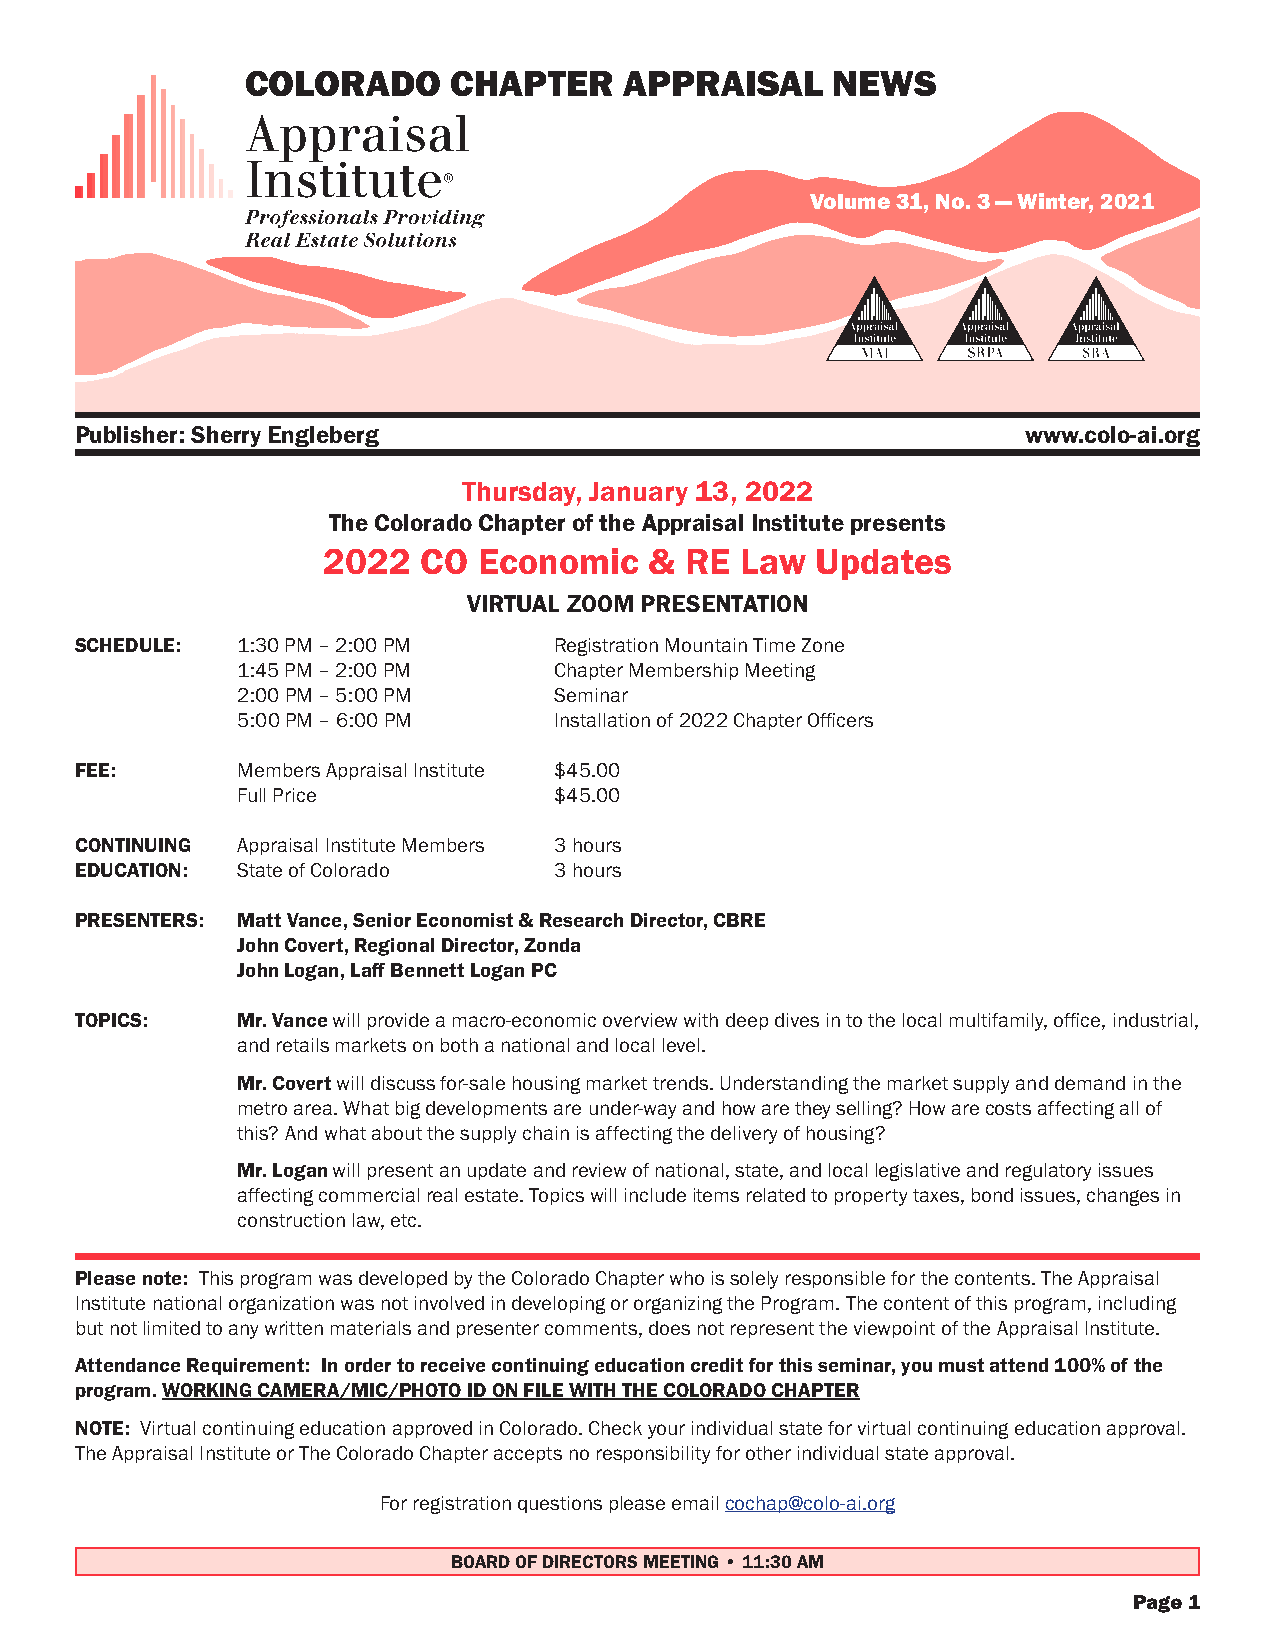
COLORADO      CHAPTER    APPRAISAL     NEWS
 Volume 31, No. 3 — Winter, 2021
 Publisher: Sherry Engleberg                                    www.colo-ai.org
 Thursday, January 13, 2022
 The Colorado Chapter of the Appraisal Institute presents
 2022   CO  Economic   & RE  Law  Updates
 VIRTUAL ZOOM PRESENTATION
 SCHEDULE:  1:30 PM – 2:00 PM    Registration Mountain Time Zone
 1:45 PM – 2:00 PM    Chapter Membership Meeting
 2:00 PM – 5:00 PM    Seminar
 5:00 PM – 6:00 PM    Installation of 2022 Chapter Officers
 r
 FEE:       Members Appraisal Institute $45.00
 Full Price           $45.00
 CONTINUING Appraisal Institute Members 3 hours
 EDUCATION: State of Colorado    3 hours
 PRESENTERS: Matt Vance, Senior Economist & Research Director, CBRE
 John Covert, Regional Director, Zonda
 John Logan, Laff Bennett Logan PC
 TOPICS:    Mr. Vance will provide a macro-economic overview with deep dives in to the local multifamily, office, industrial,
 and retails markets on both a national and local level.
 Mr. Covert will discuss for-sale housing market trends. Understanding the market supply and demand in the
 metro area. What big developments are under-way and how are they selling? How are costs affecting all of
 this? And what about the supply chain is affecting the delivery of housing?
 Mr. Logan will present an update and review of national, state, and local legislative and regulatory issues
 affecting commercial real estate. Topics will include items related to property taxes, bond issues, changes in
 construction law, etc.
 Please note: This program was developed by the Colorado Chapter who is solely responsible for the contents. The Appraisal
 Institute national organization was not involved in developing or organizing the Program. The content of this program, including
 but not limited to any written materials and presenter comments, does not represent the viewpoint of the Appraisal Institute.
 Attendance Requirement: In order to receive continuing education credit for this seminar, you must attend 100% of the
 program. WORKING CAMERA/MIC/PHOTO ID ON FILE WITH THE COLORADO CHAPTER
 NOTE: Virtual continuing education approved in Colorado. Check your individual state for virtual continuing education approval.
 The Appraisal Institute or The Colorado Chapter accepts no responsibility for other individual state approval.
 For registration questions please email cochap@colo-ai.org
 BOARD OF DIRECTORS MEETING • 11:30 AM
 Page 1